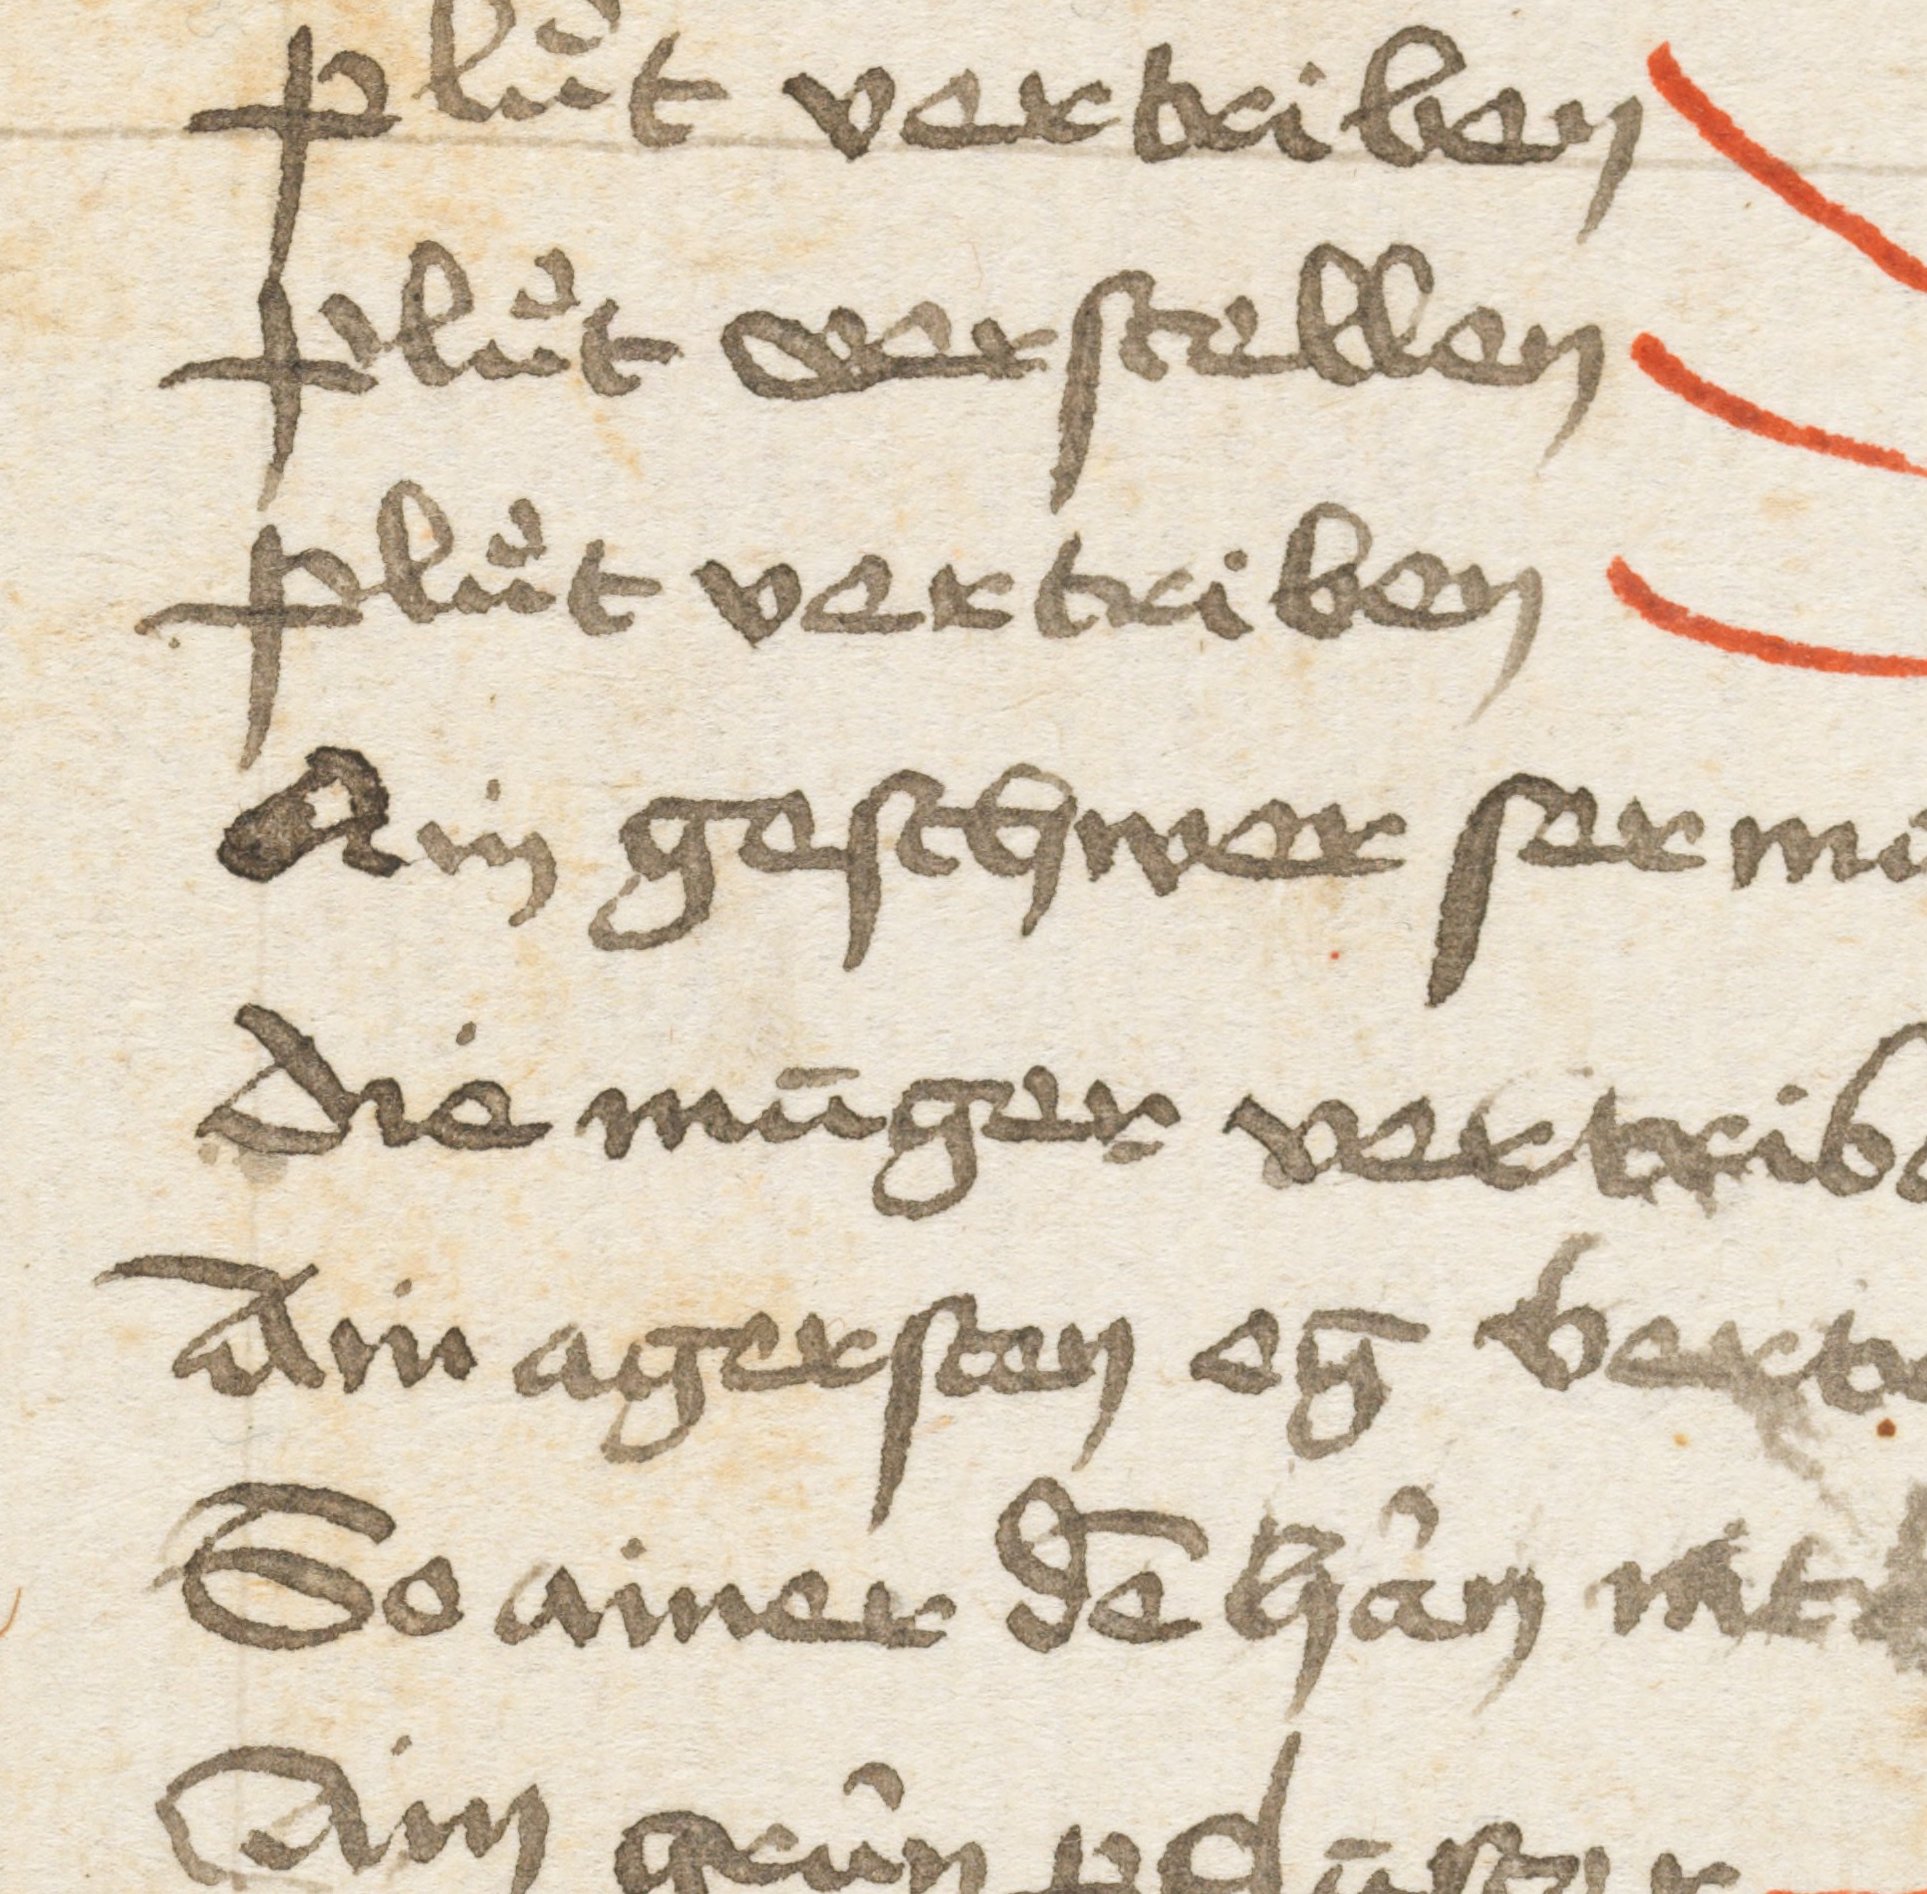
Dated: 1400–1499